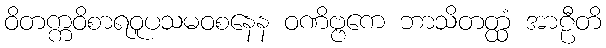
ဝိတက္ကဝိစာရဝူပသမဝစနေန ဝဏိဗ္ဗကေ ဘာသိတတ္ထံ အာဠီတိ